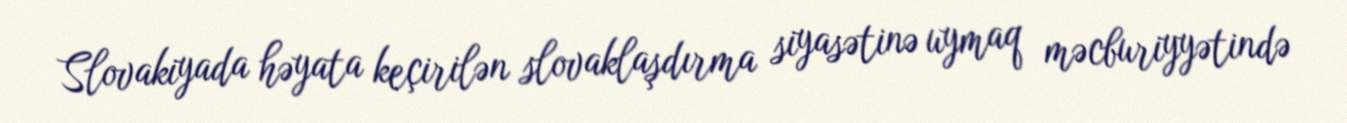
Slovakiyada həyata keçirilən slovaklaşdırma siyasətinə uymaq məcburiyyətində